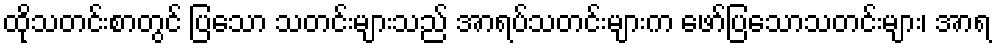
ထိုသတင်းစာတွင် ပြသော သတင်းများသည် အာရပ်သတင်းများက ဖော်ပြသောသတင်းများ၊ အာရ